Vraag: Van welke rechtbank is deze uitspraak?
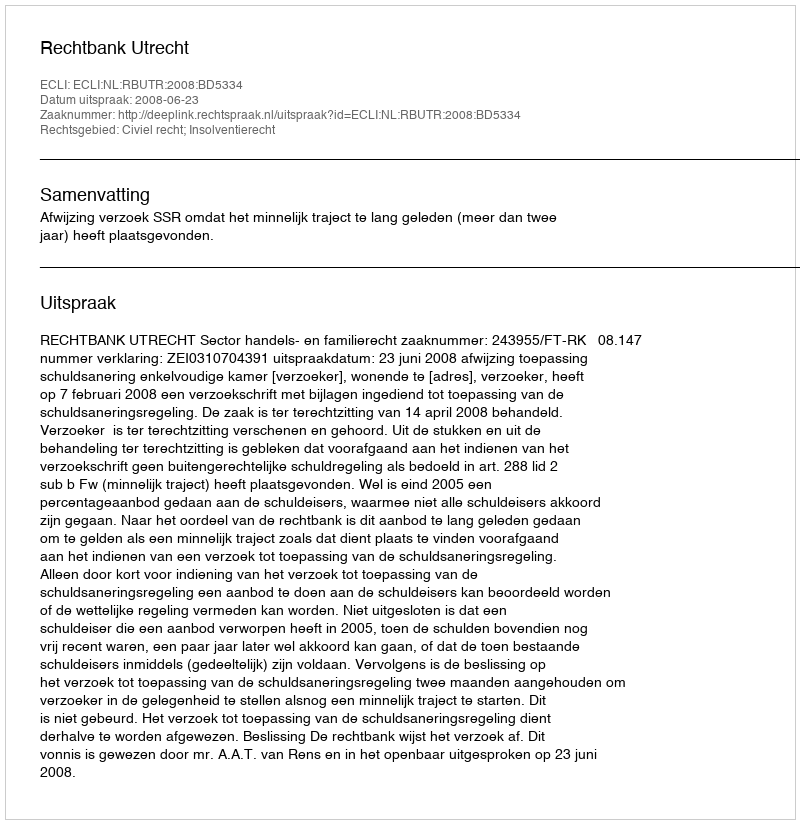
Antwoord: Rechtbank Utrecht